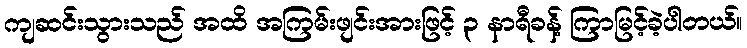
ကျဆင်းသွားသည် အထိ အကြမ်းဖျင်းအားဖြင့် ၃ နာရီခန့် ကြာမြင့်ခဲ့ပါတယ်။